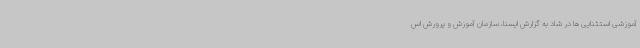
آموزشی استثنایی ها در شاد به گزارش ایسنا، سازمان آموزش و پرورش اس